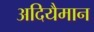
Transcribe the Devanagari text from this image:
अदियैमान